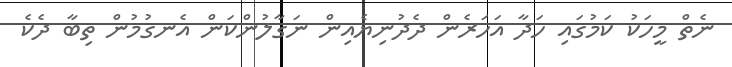
ނެތް މީހަކު ކަމުގައި ހަދާ އަހަރެން ދެދުނިޔެއިން ނަގާލުންކަން އެނގުމުން ތިބާ ދެކެ